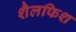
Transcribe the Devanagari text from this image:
शैलफिश